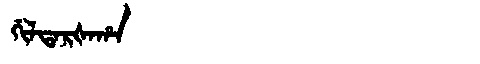
Manchu: ᡤᡳᠯᡨᠠᡵᡧᠠᡥᠠ
Romanization: GILTARŠAHA